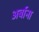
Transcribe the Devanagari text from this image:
अर्बाना